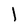
Character: l